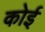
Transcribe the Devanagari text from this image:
कोई